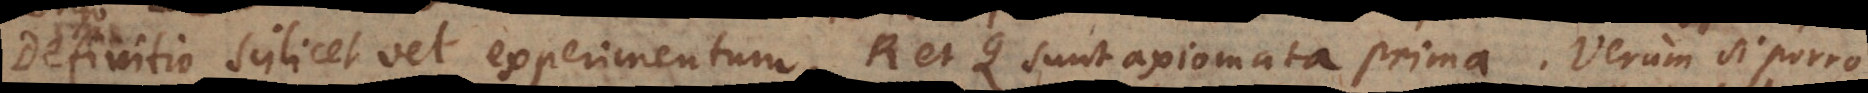
Definitio scilicet vel experimentum, R et Q sunt axiomata prima. Verum si porro